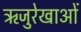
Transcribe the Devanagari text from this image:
ऋजुरेखाओं